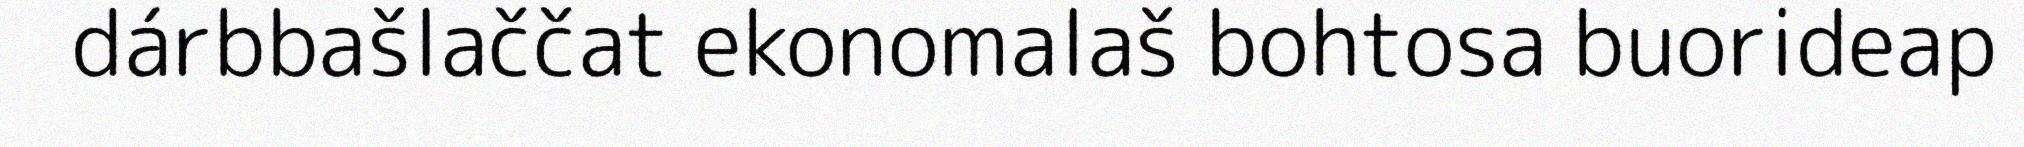
dárbbašlaččat ekonomalaš bohtosa buorideap